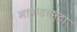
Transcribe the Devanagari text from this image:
माकडचेष्टा